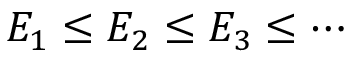
E _ { 1 } \leq E _ { 2 } \leq E _ { 3 } \leq \cdots